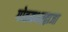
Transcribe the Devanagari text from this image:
गोतमभरद्वाजा